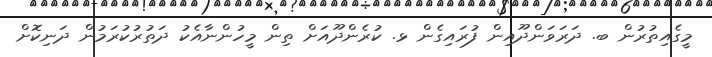
މީގެއިތުރުން ބ. ދަރަވަންދޫއިން ފުރައިގެން ޅ. ކުރެންދޫއަށް ތިން މީހުންނާއެކު ދަތުރުކުރަމުން ދަނިކޮށް